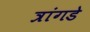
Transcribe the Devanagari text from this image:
त्रांगडे